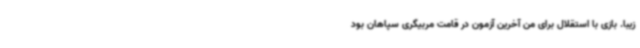
زیبا. بازی با استقلال برای من آخرین آزمون در قامت مربیگری سپاهان بود